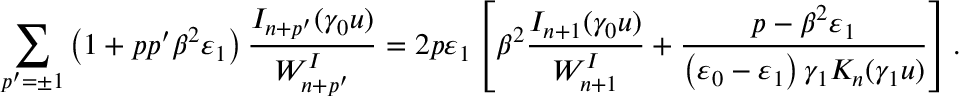
\sum _ { p ^ { \prime } = \pm 1 } \left( 1 + p p ^ { \prime } \beta ^ { 2 } \varepsilon _ { 1 } \right) \frac { I _ { n + p ^ { \prime } } ( \gamma _ { 0 } u ) } { W _ { n + p ^ { \prime } } ^ { I } } = 2 p \varepsilon _ { 1 } \left[ \beta ^ { 2 } \frac { I _ { n + 1 } ( \gamma _ { 0 } u ) } { W _ { n + 1 } ^ { I } } + \frac { p - \beta ^ { 2 } \varepsilon _ { 1 } } { \left( \varepsilon _ { 0 } - \varepsilon _ { 1 } \right) \gamma _ { 1 } K _ { n } ( \gamma _ { 1 } u ) } \right] .